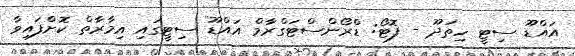
އައްޑޫ ސިޓީ ހިތަދޫ - ފޮޓޯ: ޑްރޯންސްޓަގްރާމް އައްޑޫ ސިޓީގައި އިމާރާތް ކޮށްފައިވާ